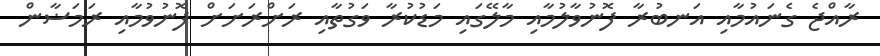
ރާއްޖެ ގެނައުމާއި އަނބުރާ ފޮނުވާލުމާއި މާލޭގައި މަޑުކުރާ ވަގުތާއި ރަށްރަށަށް ފޮނުވުމާއި ރަމަޟާން